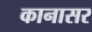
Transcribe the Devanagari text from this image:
कानासर